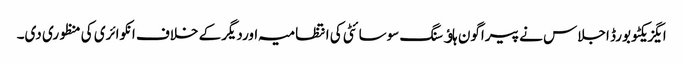
ایگزیکٹو بورڈ اجلاس نے پیراگون ہاﺅسنگ سوسائٹی کی انتظامیہ اوردیگرکے خلاف انکوائری کی منظوری دی۔